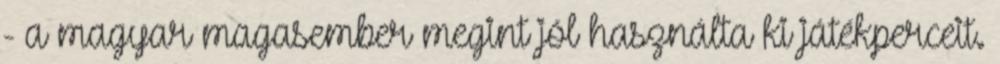
- a magyar magasember megint jól használta ki játékperceit.